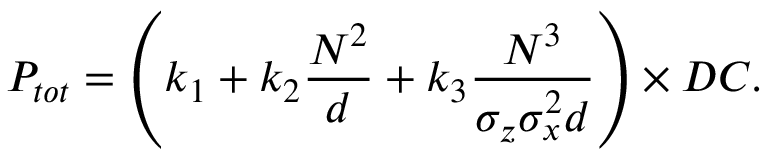
P _ { t o t } = \left( k _ { 1 } + k _ { 2 } \frac { N ^ { 2 } } { d } + k _ { 3 } \frac { N ^ { 3 } } { \sigma _ { z } \sigma _ { x } ^ { 2 } d } \right) \times D C .